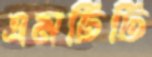
এমটিটি